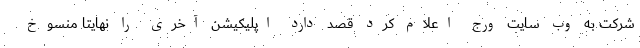
شرکت به وب سایت ورج اعلام کرد قصد دارد اپلیکیشن آخری را نهایتا منسوخ